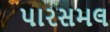
પારસમલ